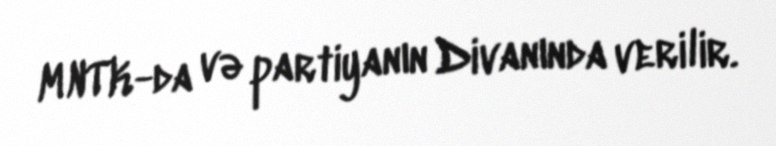
MNTK-da və partiyanın Divanında verilir.